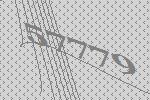
57779